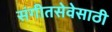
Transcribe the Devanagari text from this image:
संगीतसेवेसाठी